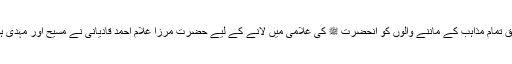
اس دن آنحضرت ﷺ کی پیشگوئی کے مطابق تمام مذاہب کے ماننے والوں کو آنحضرت ﷺ کی غلامی میں لانے کے لیے حضرت مرزا غلام احمد قادیانیؑ نے مسیح اور مہدی ہونے کا اعلان کیا،اور بیعت کا آغاز فرمایا۔